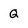
Character: Q